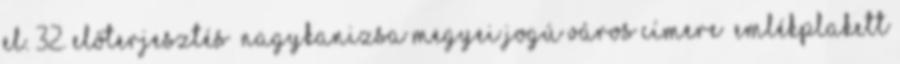
el. 32. Előterjesztés “Nagykanizsa Megyei Jogú Város Címere” emlékplakett